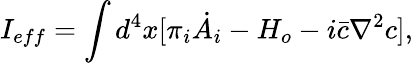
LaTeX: I_{eff}=\int d^{4}x[\pi_{i}\dot{A_{i}}-H_{o}-i\bar{c}\nabla^{2}c],